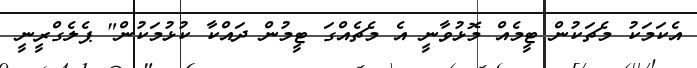
އެކަމަކު މެޗަކުން ޓީމެއް މޮޅުވާނީ އެ މެޗެއްގަ ޓީމުން ދައްކާ ކުޅުމަކުން" ޕެލެގްރީނީ